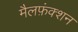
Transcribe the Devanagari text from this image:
मैलफ़ंक्शन